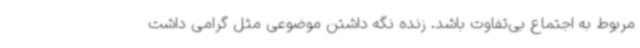
مربوط به اجتماع بی‌تفاوت باشد. زنده نگه داشتن موضوعی مثل گرامی داشت